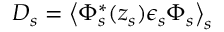
\begin{array} { r } { D _ { s } = \left\langle \Phi _ { s } ^ { * } ( z _ { s } ) \epsilon _ { s } \Phi _ { s } \right\rangle _ { s } } \end{array}